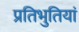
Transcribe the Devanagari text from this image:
प्रतिभुतियां